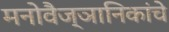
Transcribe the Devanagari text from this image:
मनोवैज्ञानिकांचे